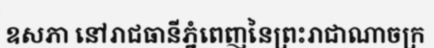
ឧសភា នៅរាជធានីភ្នំពេញនៃព្រះរាជាណាចក្រ